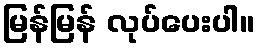
မြန်မြန် လုပ်ပေးပါ။